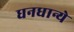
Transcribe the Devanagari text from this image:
धनधान्ये